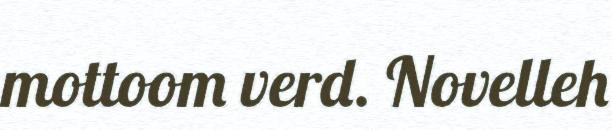
mottoom verd. Novelleh